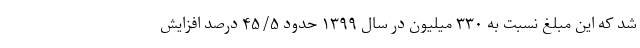
شد که این مبلغ نسبت به ۳۳۰ میلیون در سال ۱۳۹۹ حدود ۴۵/۵ درصد افزایش